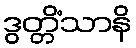
ဒွတ္တိံသာနိ